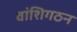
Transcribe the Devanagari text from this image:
वांशिगठन